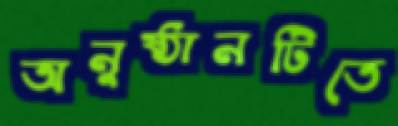
অনুষ্ঠানটিতে